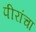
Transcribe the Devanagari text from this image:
पीरांचा